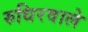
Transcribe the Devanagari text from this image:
रुधिरवाले